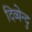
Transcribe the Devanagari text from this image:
दिव्येन्दु